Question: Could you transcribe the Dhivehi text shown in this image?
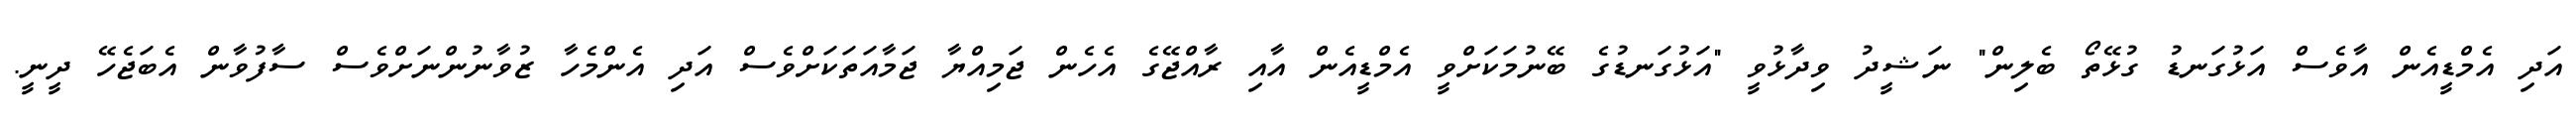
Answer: އަދި އެމްޑީއެން އާވެސް އަޅުގަނޑު ގުޅޭތޯ ބެލިން" ނަޝީދު ވިދާޅުވީ "އަޅުގަނޑުގެ ބޭނުމަކަށްވީ އެމްޑީއެން އާއި ރާއްޖޭގެ އެހެން ޖަމިއްޔާ ޖަމާއަތަކަށްވެސް އަދި އެންމެހާ ޒުވާނުންނަށްވެސް ސާފުވާން އެބަޖެހޭ ދީނީ.